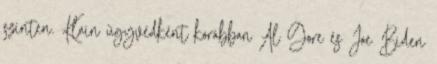
szinten. Klain ügyvédként korábban Al Gore és Joe Biden